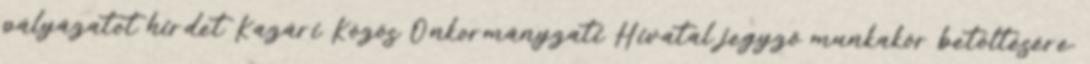
pályázatot hirdet Kazári Közös Önkormányzati Hivatal jegyző munkakör betöltésére.